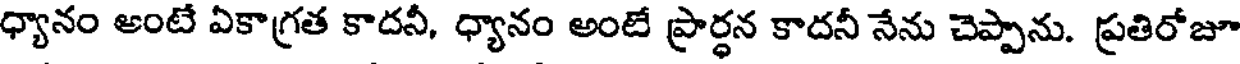
ధ్యానం అంటే ఏకాగ్రత కాదనీ, ధ్యానం అంటే ప్రార్ధన కాదనీ నేను చెప్పాను. ప్రతిరోజూ